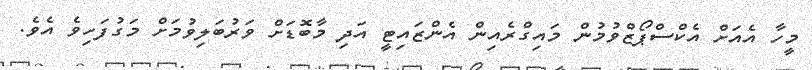
މީހާ އެއަށް އެކްސްޕޯޒްވުމުން މައިގްރެއިން އެންޒައިޓީ އަދި މާބޮޑަށް ވަރުބަލިވުމަށް މަގުފަހިވެ އެވެ.